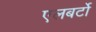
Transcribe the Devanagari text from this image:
एलबर्टो